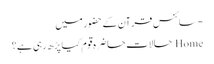
- سائنس قرآن کے حضور میں
Home حالات حاضرہ قوم کیا پڑھ رہی ہے؟